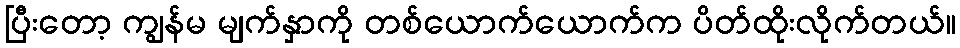
ပြီးတော့ ကျွန်မ မျက်နှာကို တစ်ယောက်ယောက်က ပိတ်ထိုးလိုက်တယ်။